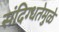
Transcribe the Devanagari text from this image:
संदिग्धतेमुळे